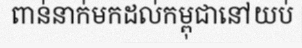
ពាន់នាក់មកដល់កម្ពុជានៅយប់